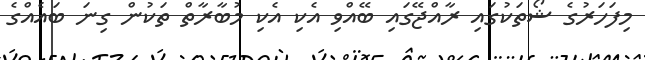
މިފަހަރުގެ ޝޯތަކުގައި ރާއްޖޭގައި ބޭއްވި އެކި އެކި މުބާރާތް ތަކުން ގިނަ ބައެއްގެ